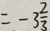
= - 3 \frac { 2 } { 3 }